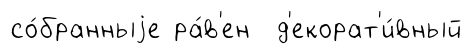
со́бранныjе ра́в'ен д'екорат'и́вный